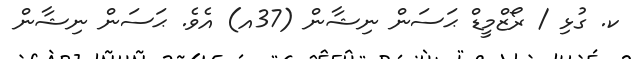
ކ. ގުޅި / ރޯޒްމީޑް ޙަސަން ނިޝާން (37އ) އެވެ. ޙަސަން ނިޝާން